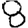
Digit: 8